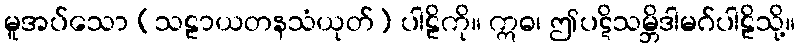
မူအပ်သော (သဠာယတနသံယုတ်) ပါဠိကို။ ဣဓ၊ ဤပဋိသမ္ဘိဒါမဂ်ပါဠိသို့။